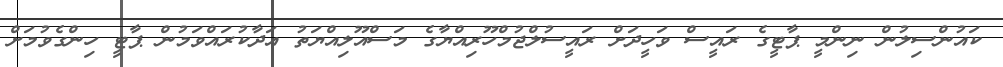
ކައުންސިލުން ނިންމީ ޕާޓީގެ ރައީސް ވަހީދަށް ރައީސުލްޖުމްހޫރިއްޔާގެ މަސްއޫލިއްޔަތު އަދާކުރައްވަމުން ޕާޓީ ހިންގެވުމަށް